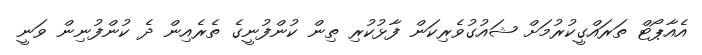
އެއާޕޯޓް ތަރައްގީކުރުމަށް ޝައުގުވެރިކަން ފާޅުކުރި ތިން ކުންފުނީގެ ތެރެއިން ދެ ކުންފުނިން ވަނީ